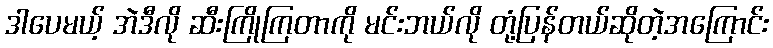
ဒါပေမယ့် အဲဒီလို ဆီးကြိုကြတာကို မင်းဘယ်လို တုံ့ပြန်တယ်ဆိုတဲ့အကြောင်း